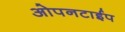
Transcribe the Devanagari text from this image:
ओपनटाईप